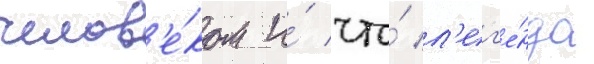
челов'е́ком и́ что́ л'ег'е́нда